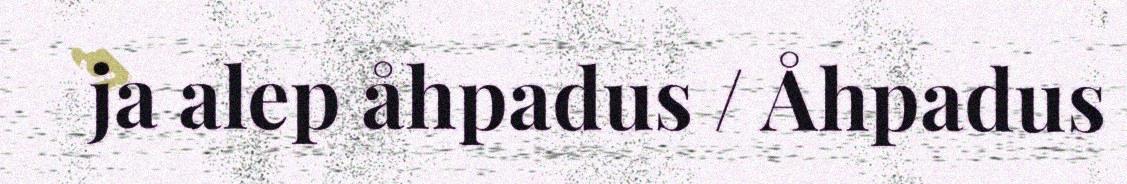
ja alep åhpadus / Åhpadus